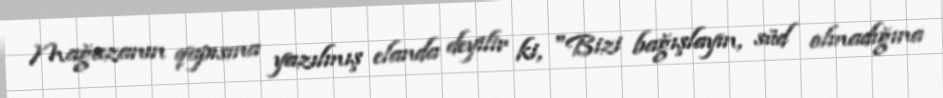
Mağazanın qapısına yazılmış elanda deyilir ki, "Bizi bağışlayın, süd olmadığına